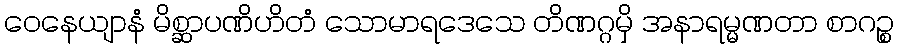
ဝေနေယျာနံ မိစ္ဆာပဏိဟိတံ သောမာရဒေသေ တိဏဂ္ဂမှိ အနာရမ္မဏတာ စာဂဉ္စ